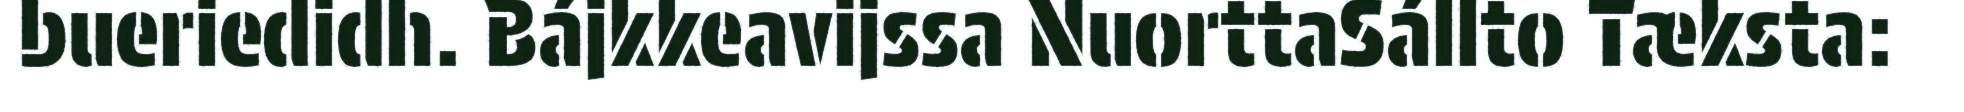
bueriedidh. Bájkkeavijssa NuorttaSállto Tæksta: